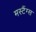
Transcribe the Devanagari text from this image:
मस्टैंग्स